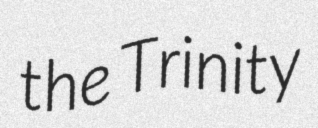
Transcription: the Trinity